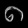
Digit: ၈